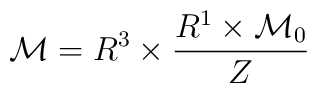
{\cal M} = R^3 \times {R^1 \times {\cal M}_0 \over Z}